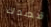
قصدك